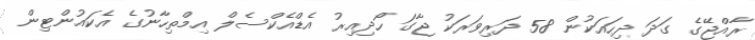
ރާއްޖޭގެ ގަދަ ދިހައަކުން 58 ދަރިވަރަކު ޖާގަ ހޯދިއިރު އެޑްއެކްސެލް އިމްތިހާނުގެ އެކައުންޓިން